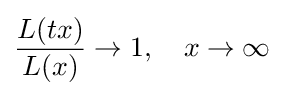
{\frac {L(tx)}{L(x)}}\to 1,\quad x\to \infty